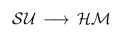
\begin{align*}{\cal SU} \, \longrightarrow \, {\cal HM}\end{align*}